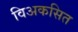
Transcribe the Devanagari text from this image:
विअकसित